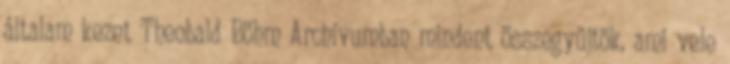
általam kezet Theobald Böhm Archívumban mindent összegyűjtök, ami vele